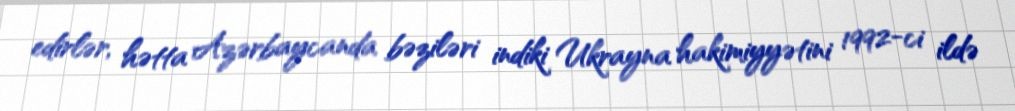
edirlər, hətta Azərbaycanda bəziləri indiki Ukrayna hakimiyyətini 1992-ci ildə